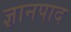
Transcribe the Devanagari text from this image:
ज्ञानपाद